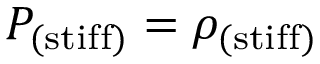
P _ { \mathrm { ( s t i f f ) } } = \rho _ { \mathrm { ( s t i f f ) } }